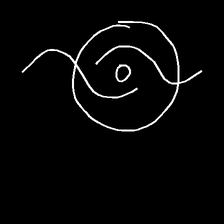
Glyph: repetition